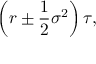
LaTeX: \left( r \pm { \frac { 1 } { 2 } } \sigma ^ { 2 } \right) \tau ,